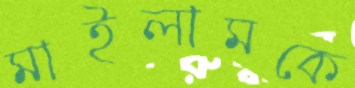
মাইলামকে